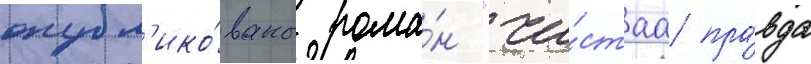
опубл'ико́ваны рома́н "чи́стаа пра́вда